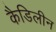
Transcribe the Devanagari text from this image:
कैडिलीन